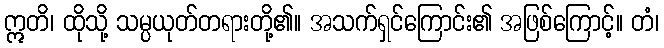
ဣတိ၊ ထိုသို့ သမ္ပယုတ်တရားတို့၏။ အသက်ရှင်ကြောင်း၏ အဖြစ်ကြောင့်။ တံ၊